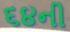
૬૪ની